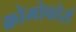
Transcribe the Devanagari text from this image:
क्रोमोफोर्स